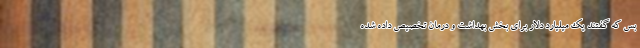
بس که گفتند یک میلیارد دلار برای بخش بهداشت و درمان تخصیص داده شده